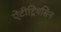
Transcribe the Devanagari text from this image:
ऐंटीट्रिपसिन